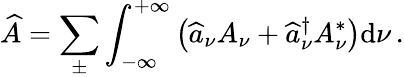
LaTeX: \widehat{A}=\sum_{\pm}\int_{-\infty}^{+\infty}\left(\widehat{a}_{\nu}A_{\nu}+\widehat{a}_{\nu}^{\dagger}A_{\nu}^{*}\right)\mathrm{d}\nu\, .